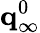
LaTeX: {\mathbf q}_{\infty}^{0}